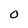
Character: 0